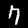
Label: 7